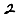
Digit: 2